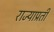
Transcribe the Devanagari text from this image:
राज्याप्रती